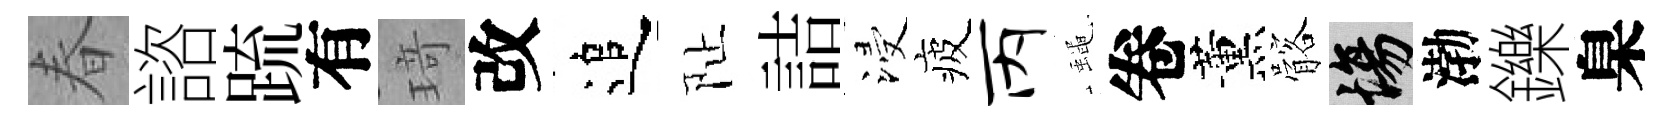
春諮䟽有𤦺改追阯詰浸疲丙蠅卷薰髂場渤鑠臬